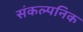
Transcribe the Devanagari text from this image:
संकल्पनिक